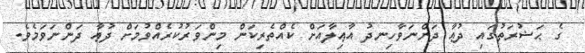
ގެ ޙަޟުރަތުގައި ދުޢާ ދަންނަވާހިނދު އާޢިލާއަށް ކެއްތެރިކަން މިންވަރުކުރެއްވުމަށް ދުޢާ ދަންނަވަމެވެ.